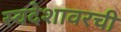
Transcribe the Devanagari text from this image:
स्वदेशावरची